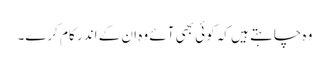
وہ چاہتے ہیں کہ کوئی بھی آئے وہ ان کے اندر کام کرے۔